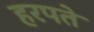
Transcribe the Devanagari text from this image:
हरपते